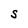
Character: S